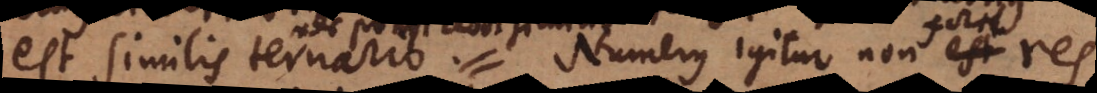
est similis ternario. Numerus igitur non est